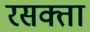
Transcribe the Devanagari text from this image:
रसक्ता